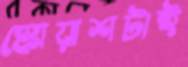
স্কোয়াশটাই